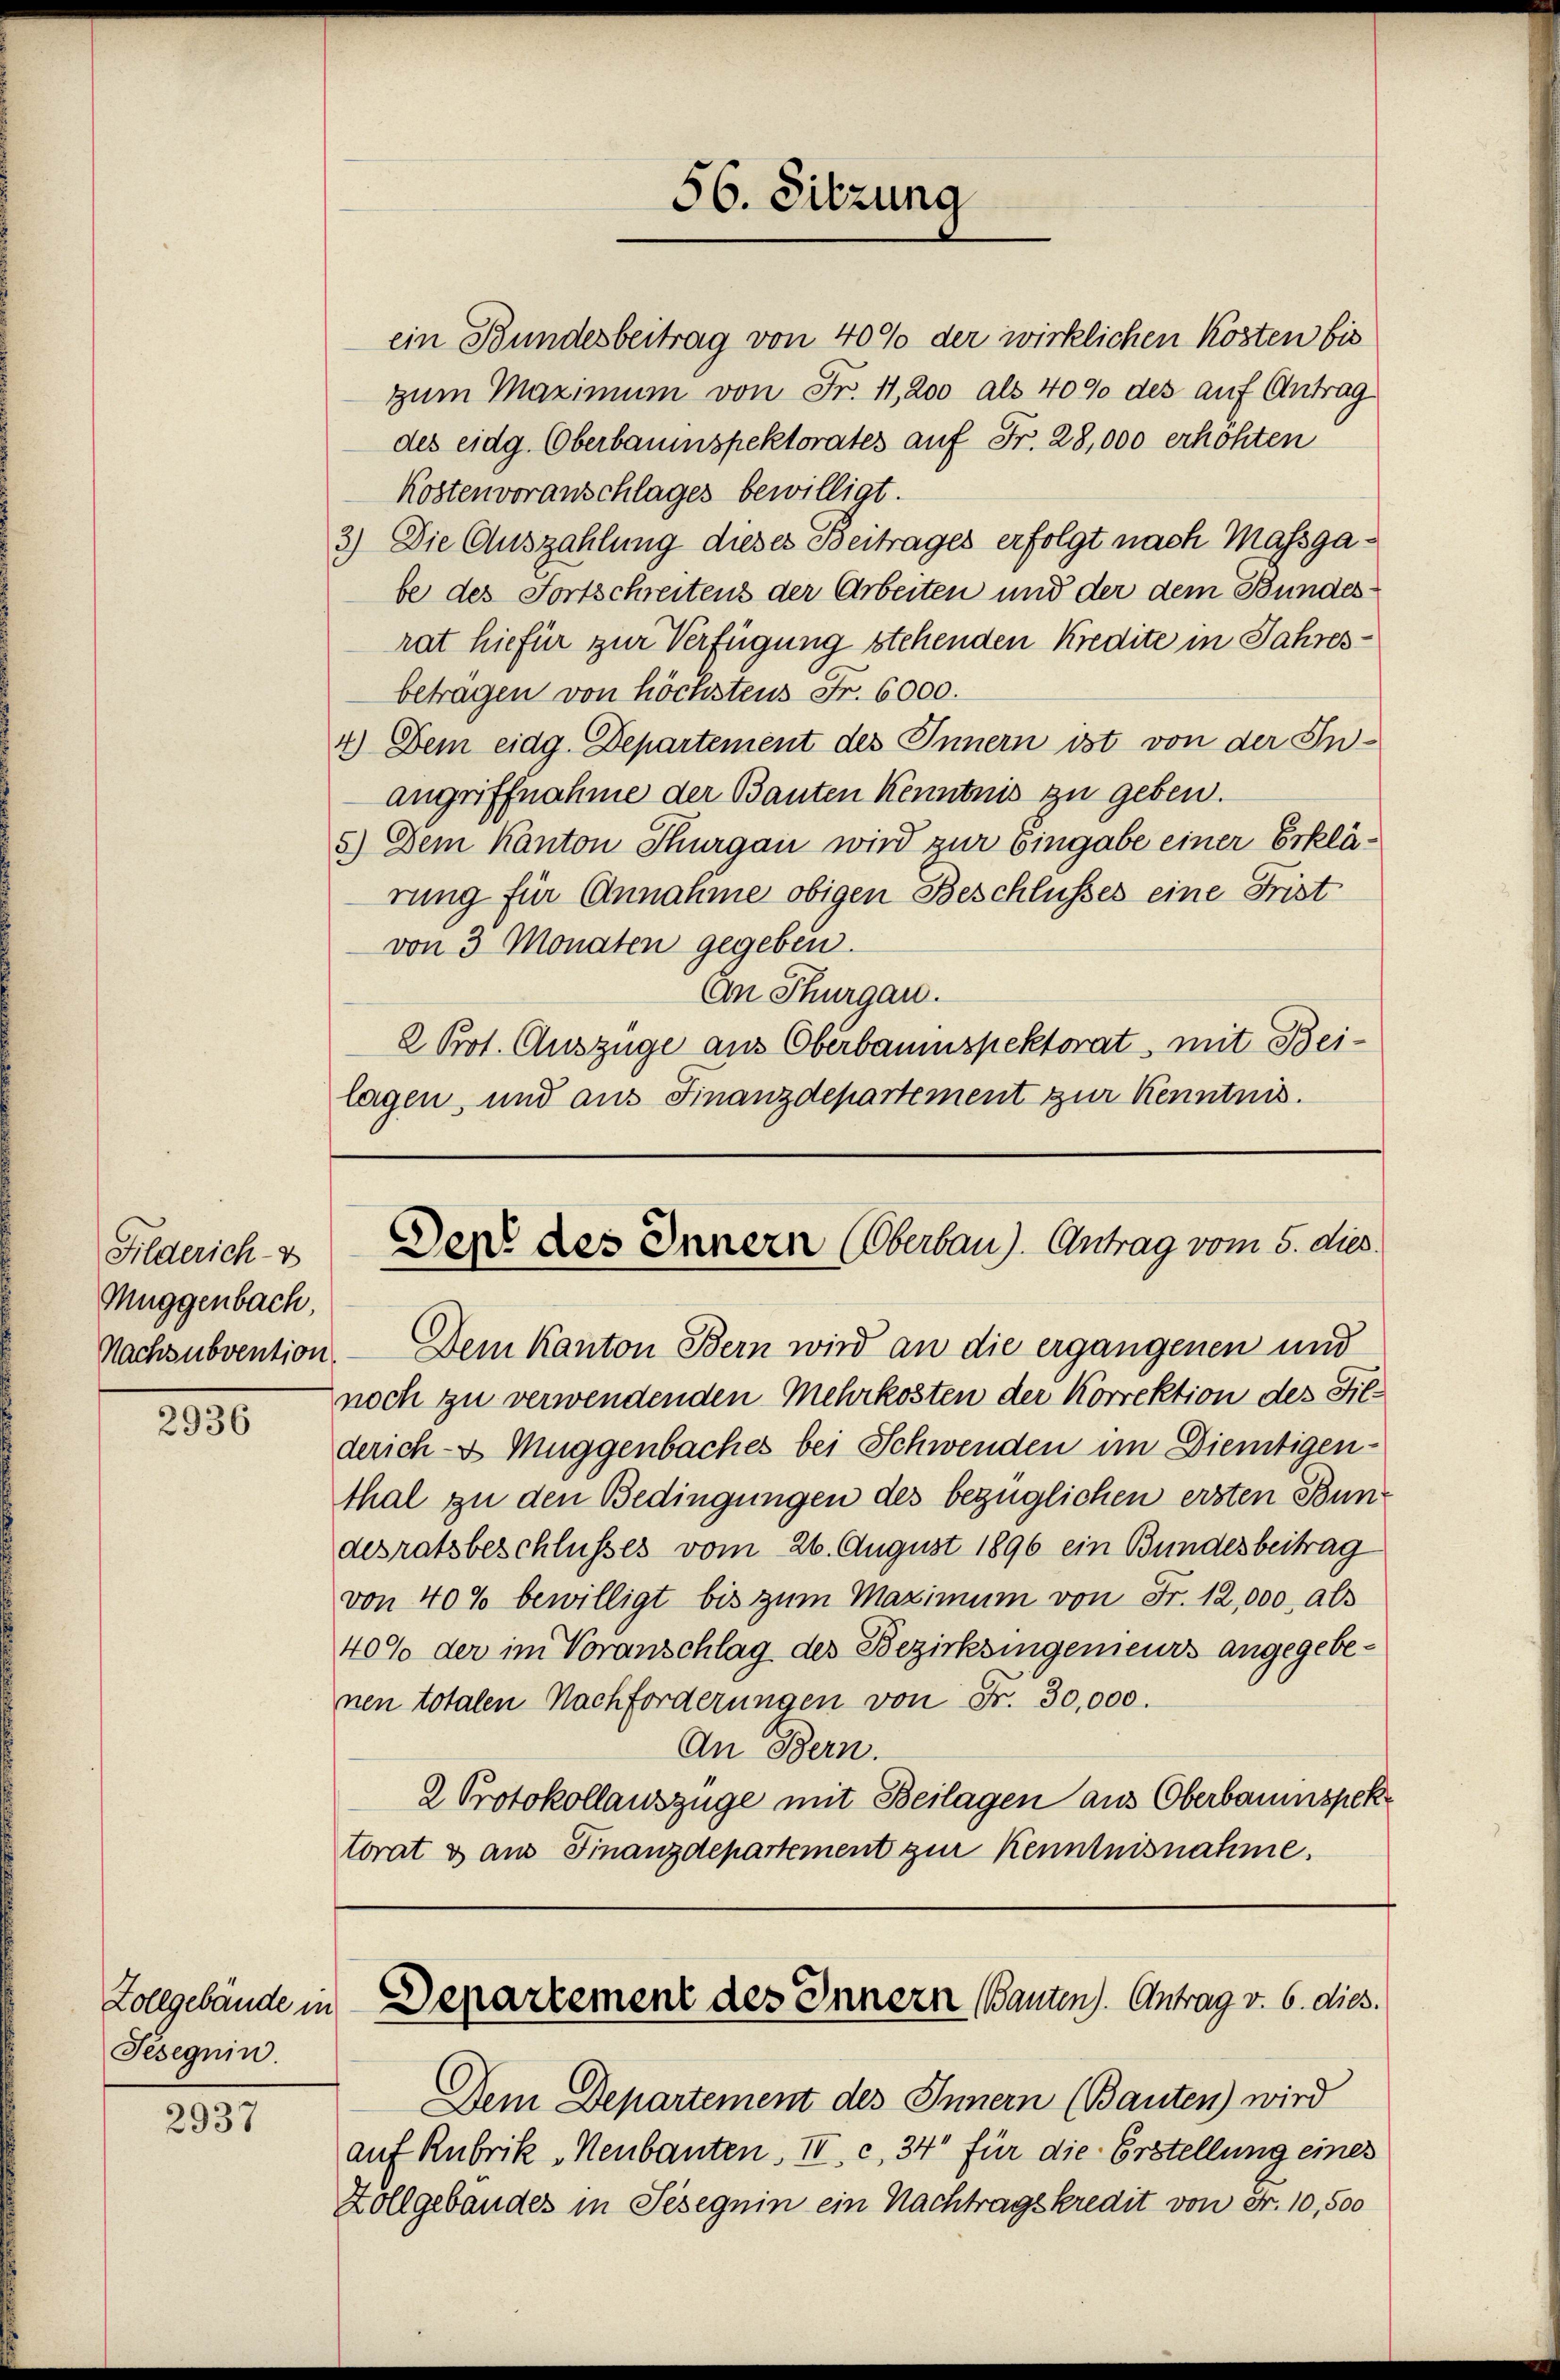
Filderich-B
Muggenbach,

2936

Tesegnin.

2937

des eidg. Oberbauenspektorates auf Fr. 28,000 erhöhten
Kostenvoranschlages bewilligt.
3) Die Auszahlung dieses Beitrages erfolgt nach Massgabe des Fortschreitens der Arbeiten und der dem Bundesrat hiefür zur Verfügung stehenden Kredite in Jahresbeträgen von höchstens Fr. 6000.
4.) Dem eidg. Departement des Innern ist von der In-
angriffnahme der Bauten Kenntnis zu geben.
5.) Dem Kanton Thurgau wird zur Eingabe einer Erklärung für Annahme obigen Beschlusses eine Frist
von 3 Monaten gegeben.
An Thurgau.
2 Pot. Auszüge aus Oberbaumspektorat, mit Beilagen, und aus Finanzdepartement zur Kenntnis.

56. Sitzung

ein Bundesbeitrag von 40% der wirklichen Kosten bis
zum Maximum von Fr. 11, 200 als 40% des auf Antrag

Den des Innern Oberbau). Antrag vom 5. dies

Nachsubvention. — Dem Kanton Bern wird an die ergangenen und
noch zu verwendenden Mehrkosten der Korrektion des Filderich- & Muggenbaches bei Schwenden im Dientigen-
thal zu den Bedingungen des bezüglichen ersten Bundesratsbeschlusses vom 26. August 1896 ein Bundesbeitrag
von 40% bewilligt bis zum Maximum von Fr. 12,000 als
40% der im Voranschlag des Bezirksingenieurs angegebenen totalen Nachforderungen von Fr. 30,000.
An Bern.
2 Protokollauszüge mit Beilagen aus Oberbaumspektorat & aus Finanzdepartement zur Kenntnisnahme.

Zollgebäude in Departement des Innern Bauten). Antrag v. 6. dies

Dem Departement des Innern (Bauten) wird
auf Rubrik „Neubauten. IV. c. 34 für die Erstellung eines
Zollgebäudes in Seseguin ein Nachtragskredit von Fr. 10,500